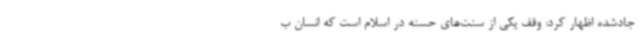
جادشده اظهار کرد: وقف یکی از سنت‌های حسنه در اسلام است که انسان ب